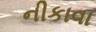
નીકાવા